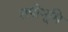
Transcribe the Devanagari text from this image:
तपोभूमि